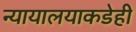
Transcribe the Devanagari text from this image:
न्यायालयाकडेही